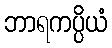
ဘာရကပ္ပိယံ